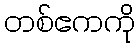
တစ်ဧကကို